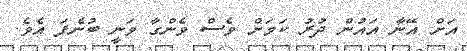
އަށް އޭނާ އައުން ދުރު ކަމަށް ވެސް ވެންގާ ވަނީ ބުނެފަ އެވެ.